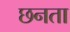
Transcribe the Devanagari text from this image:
छनता